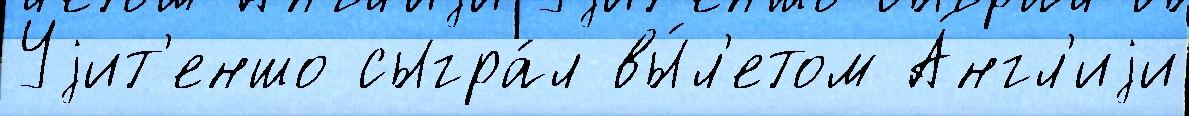
Уjит'еншо сыгра́л вы́л'етом А́нгл'иjи